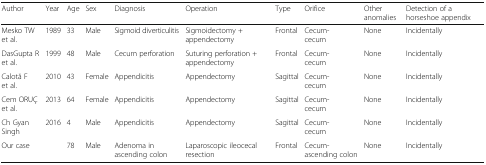
<table><thead><tr><td><b>Author</b></td><td><b>Year</b></td><td><b>Age</b></td><td><b>Sex</b></td><td><b>Diagnosis</b></td><td><b>Operation</b></td><td><b>Type</b></td><td><b>Orifice</b></td><td><b>Other anomalies</b></td><td><b>Detection of a horseshoe appendix</b></td></tr></thead><tbody><tr><td>Mesko TW et al.</td><td>1989</td><td>33</td><td>Male</td><td>Sigmoid diverticulitis</td><td>Sigmoidectomy + appendectomy</td><td>Frontal</td><td>Cecum-cecum</td><td>None</td><td>Incidentally</td></tr><tr><td>DasGupta R et al.</td><td>1999</td><td>48</td><td>Male</td><td>Cecum perforation</td><td>Suturing perforation + appendectomy</td><td>Frontal</td><td>Cecum-cecum</td><td>None</td><td>Incidentally</td></tr><tr><td>Calotă F et al.</td><td>2010</td><td>43</td><td>Female</td><td>Appendicitis</td><td>Appendectomy</td><td>Sagittal</td><td>Cecum-cecum</td><td>None</td><td>Incidentally</td></tr><tr><td>Cem ORUÇ et al.</td><td>2013</td><td>64</td><td>Female</td><td>Appendicitis</td><td>Appendectomy</td><td>Sagittal</td><td>Cecum-cecum</td><td>None</td><td>Incidentally</td></tr><tr><td>Ch Gyan Singh</td><td>2016</td><td>4</td><td>Male</td><td>Appendicitis</td><td>Appendectomy</td><td>Sagittal</td><td>Cecum-cecum</td><td>None</td><td>Incidentally</td></tr><tr><td>Our case</td><td></td><td>78</td><td>Male</td><td>Adenoma in ascending colon</td><td>Laparoscopic ileocecal resection</td><td>Frontal</td><td>Cecum-ascending colon</td><td>None</td><td>Incidentally</td></tr></tbody></table>